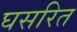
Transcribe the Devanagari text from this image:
घसरित